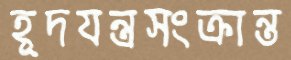
হূদযন্ত্রসংক্রান্ত